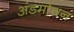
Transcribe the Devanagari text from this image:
अंडमोचन